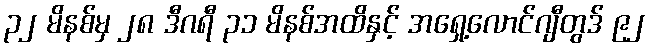
၃၂ မိနစ်မှ ၂၈ ဒီဂရီ ၃၁ မိနစ်အထိနှင့် အရှေ့လောင်ဂျီတွဒ် ၉၂